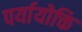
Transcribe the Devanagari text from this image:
पर्यायोक्ति